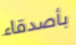
بأصدقاء